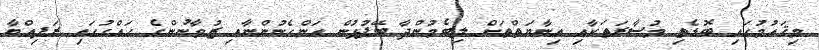
މިޤައުމުގައި ބޮޑެތި މުސާރަތަކާއި އިނާޔަތްތަށް ލިބެމުންދާ ބޭފުޅުން އަންހެނުންނާއި ޒުވާނުންގެ ހައްގުގައި ރަފިއްޔާ